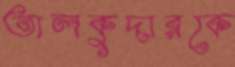
তালকুদারকে